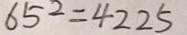
6 5 ^ { 2 } = 4 2 2 5